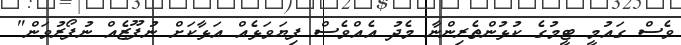
ވެސް ގައުމީ ޓީމުގެ ކުޅުންތެރިންނާ މެދު އެއްވެސް ފިޔަވަޅެއް އަޅާކަށް ނުފޫޒެއް ނުފޯރުވަން"